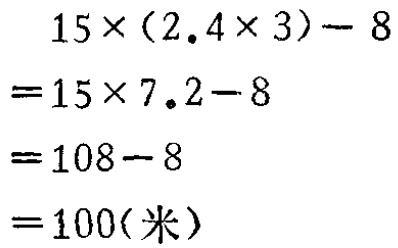
\[
\begin{align*}
&15\times(2.4\times3)-8\\
=&15\times7.2 - 8\\
=&108 - 8\\
=&100(米)
\end{align*}
\]